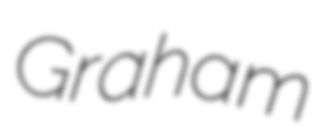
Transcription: Graham